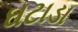
ઘટાડા